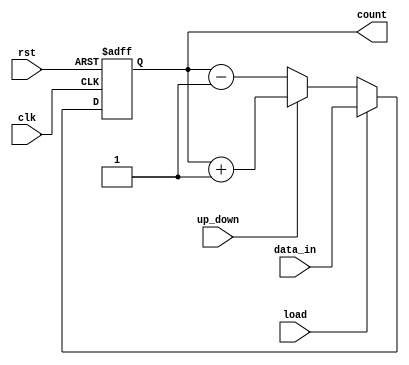
module up_down_counter #(
    parameter N = 8  // Define the bit-width of the counter (can be modified)
)(
    input wire clk,           // Clock signal
    input wire rst,           // Asynchronous reset (active high)
    input wire up_down,       // Control signal for counting direction
    input wire load,          // Load signal to initialize the counter
    input wire [N-1:0] data_in, // Data input for loading the counter
    output reg [N-1:0] count  // Current count value output
);

    // Always block triggered on the rising edge of the clock
    always @(posedge clk or posedge rst) begin
        if (rst) begin
            // Asynchronous reset: reset count to 0
            count <= 0;
        end else if (load) begin
            // Load the counter with the input data
            count <= data_in;
        end else if (up_down) begin
            // Count up
            count <= count + 1;
        end else begin
            // Count down
            count <= count - 1;
        end
    end

endmodule